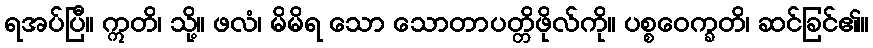
ရအပ်ပြီ။ ဣတိ၊ သို့။ ဖလံ၊ မိမိရ သော သောတာပတ္တိဖိုလ်ကို။ ပစ္စဝေက္ခတိ၊ ဆင်ခြင်၏။